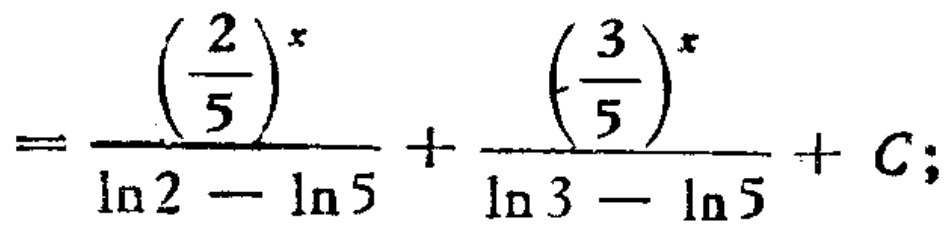
$=\frac{\left(\frac{2}{5}\right)^{x}}{\ln 2-\ln 5}+\frac{\left(\frac{3}{5}\right)^{x}}{\ln 3-\ln 5}+C;$